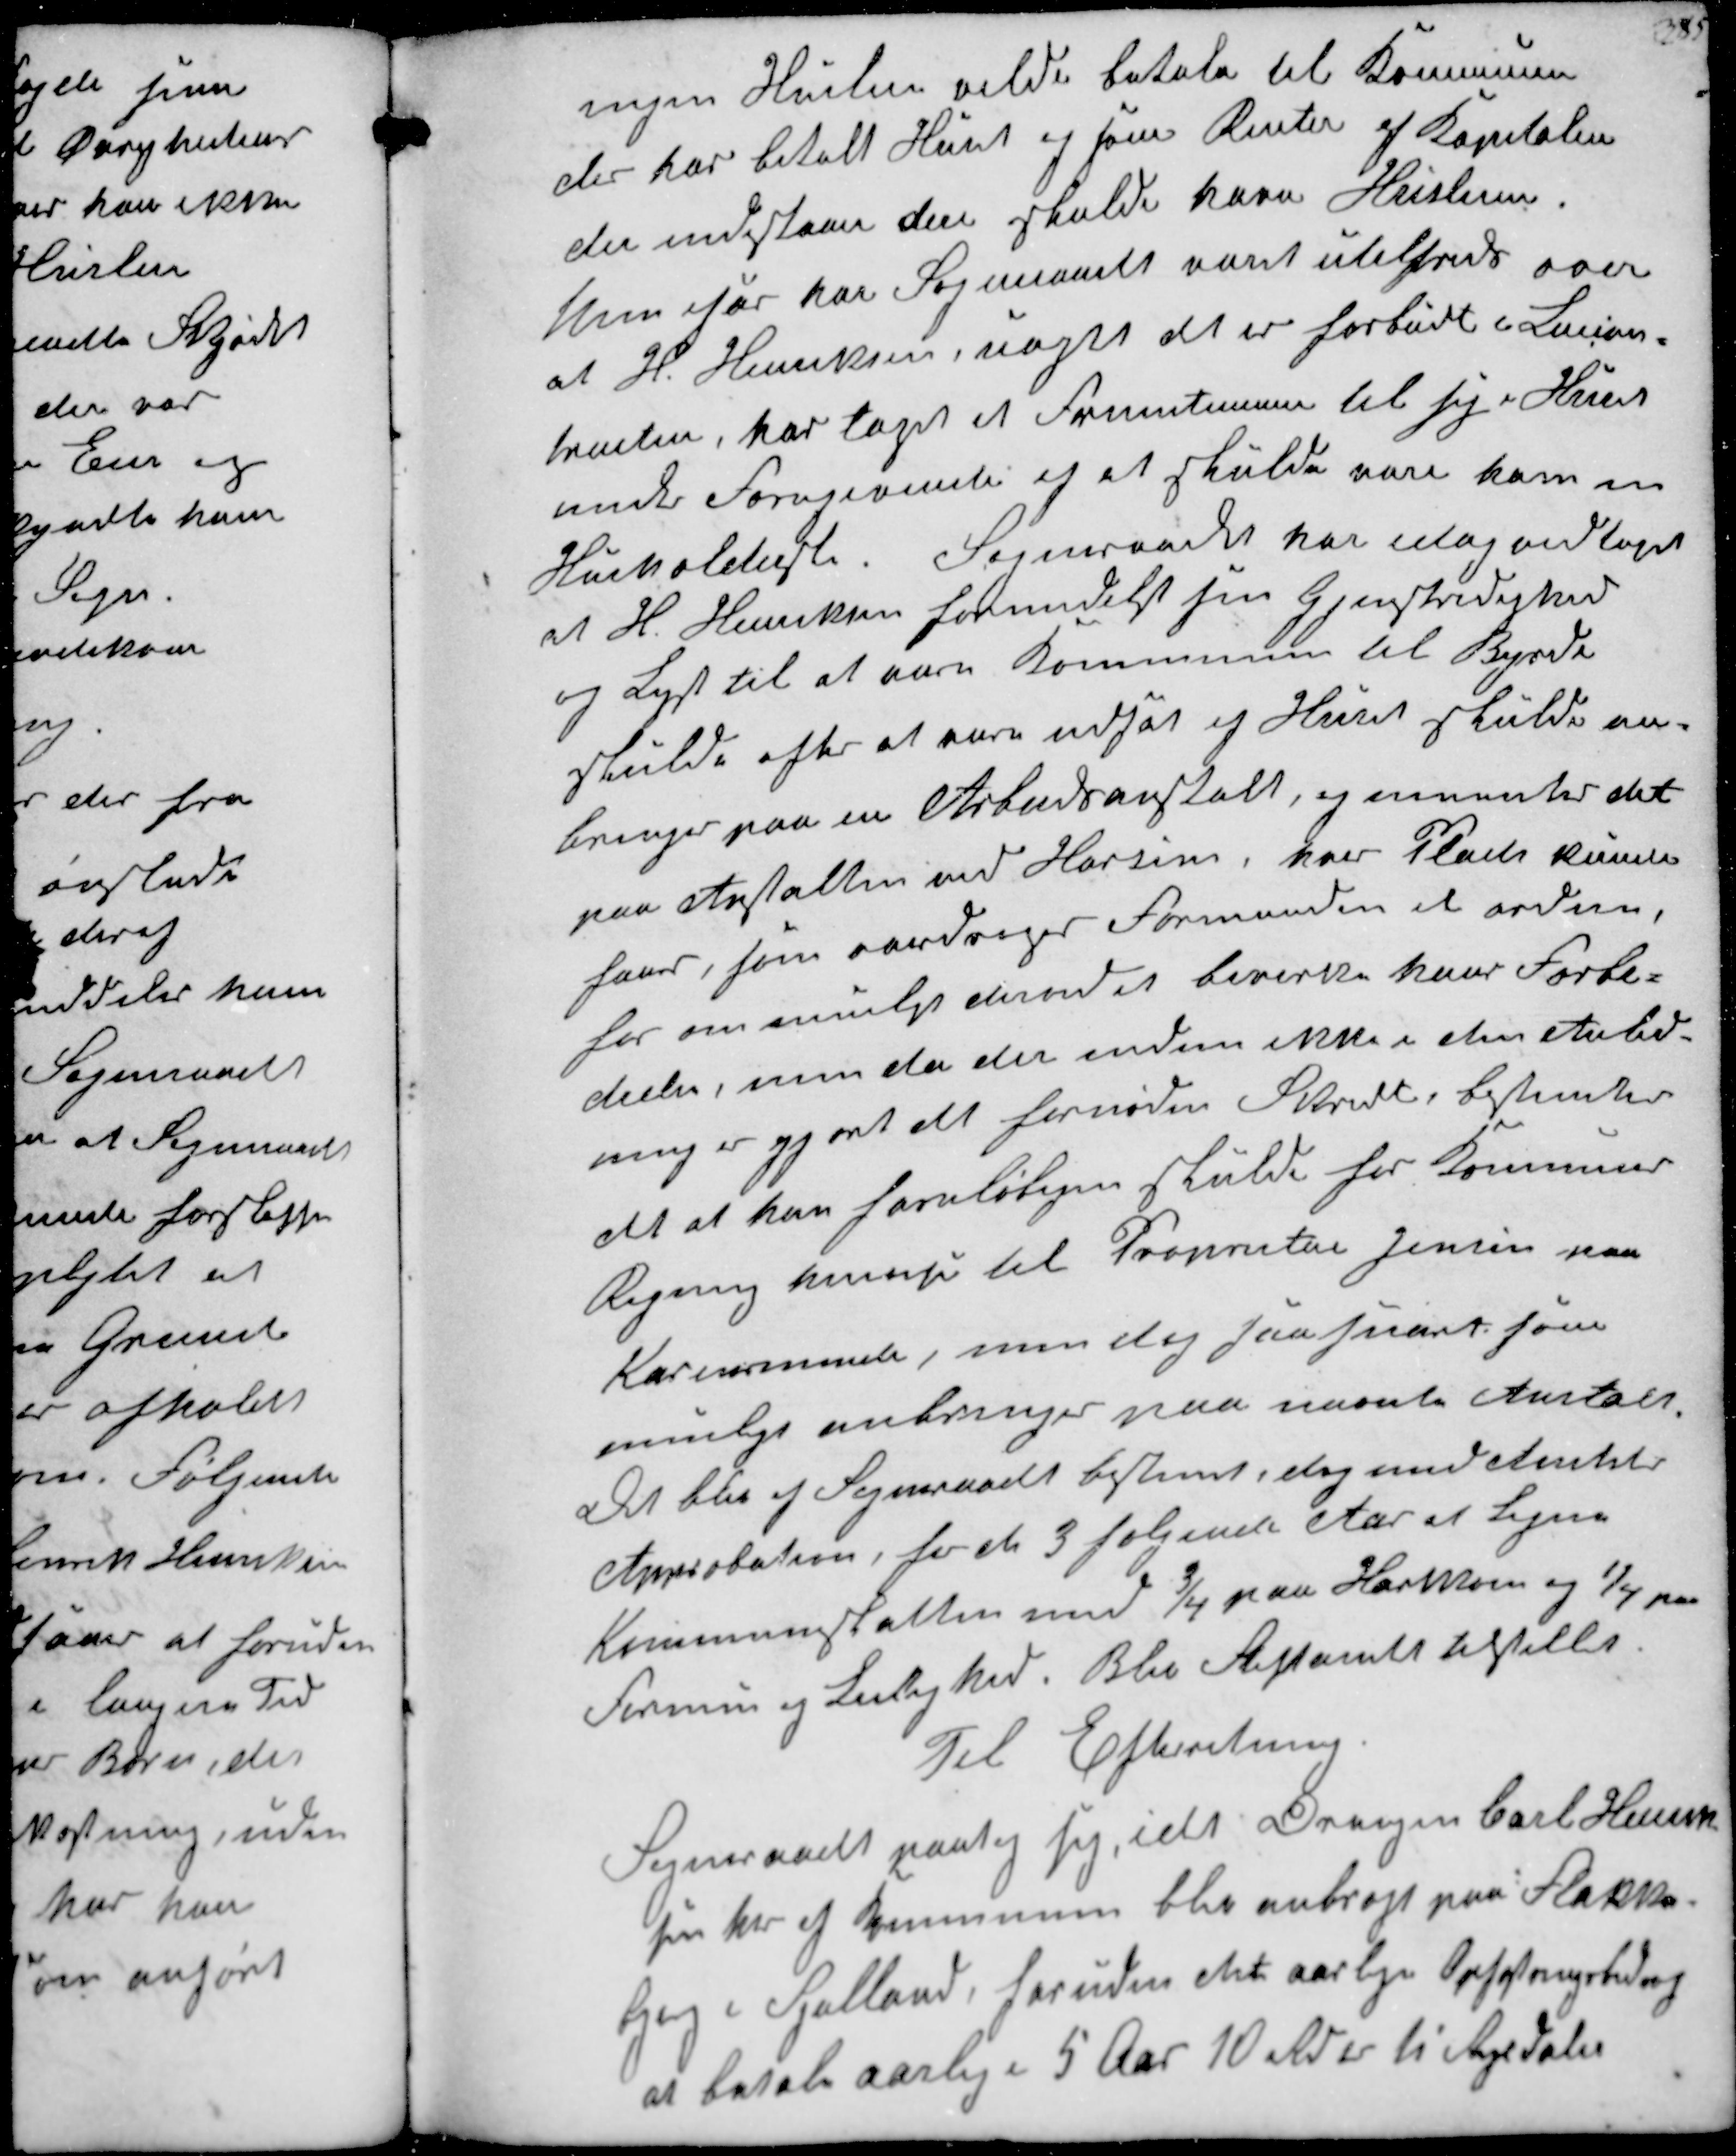
Transskription:
ingen Husleje vilde betale til Kommunen
der har betalt Huset og som Renter af Kapitalen
der indestaar der skulde have Huslejen
her for har Sogneraadet været utilfreds over
at H. Henriksen, uagtet det er forbudt i Lejekon-
trakten, har taget et Fruentimmer til sig i Huset
under Foregivende og at skulde vare ham en
Husholderske. Sogneraadet var idag vedtaget
at H. Henriksern formedelst sin Gjenstridighed
og Lyst til at være Kommunen til Byrde
skulde efter at være udsat af Huset skulde an-
bringes paa en Arbejdsanstalt, og mentes det
paa Anstalten ved Horsens hvor Plads kunde
faaes som androges Formanden at ordne,
for om mulgt derved bevirke hans Forbe-
drelse, men da der endnu ikke i den Anled-
ning er gjort det fornødne Skridt, bestemtes
det at han foreløbigen skulde for Kommunens
Regning  til Proprietair Jensen paa
Karensminde men dog saa snart som
muligt anbringes paa nævnte Anstalt
Det blev af Sogneraadet bestemt, dog med Amtets
Approbation, for de 3 følgende Aar at ligne
Kommuneskatten med ¾ paa Hartkorn og ¼ paa
Formue og Lejlighed, Blev Stiftamtet tilstillet

Til Efteretning
Sogneraadet paatog sig, idet Drengen Carl Hansens
søn her af Komunen blev anbragt paa Flakke-
bjerg i Sjælland, foruden det aarlige Opfostringsbidrag
at betale aarlig i 5 Aar 10 Rd er ti Rigsdaler